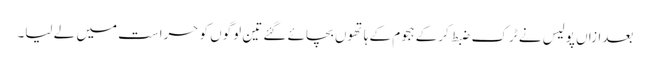
بعدازاں پولیس نے ٹرک ضبط کرکے ہجوم کے ہاتھوں بچائے گئے تین لوگوں کو حراست میں لے لیا۔